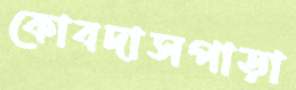
কোবদাসপাড়া